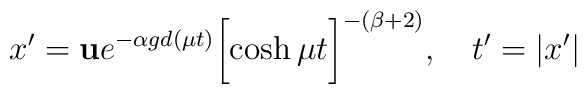
x' = {\bf u} e^{-\alpha gd(\mu t)}\biggl[\cosh{\mu t}\biggr]^{-(\beta + 2)},~~~t'=|x'|